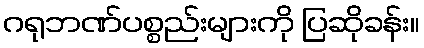
ဂရုဘဏ်ပစ္စည်းများကို ပြဆိုခန်း။